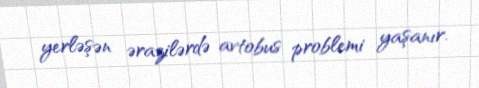
yerləşən ərazilərdə avtobus problemi yaşanır.